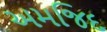
અમજિદ